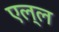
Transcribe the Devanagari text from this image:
एल्ल